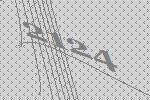
2124